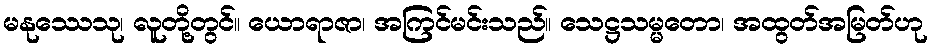
မနုဿေသု၊ လူတို့တွင်။ ယောရာဇာ၊ အကြင်မင်းသည်။ သေဋ္ဌသမ္မတော၊ အထွတ်အမြတ်ဟု